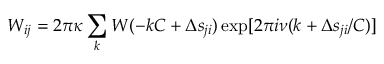
W _ { i j } = 2 \pi \kappa \sum _ { k } W ( - k C + \Delta s _ { j i } ) \exp [ 2 \pi i \nu ( k + \Delta s _ { j i } / C ) ]